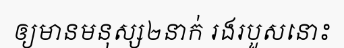
ឲ្យមានមនុស្ស២នាក់ រងរបួសនោះ